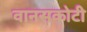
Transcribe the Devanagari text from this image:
वानसकोटी